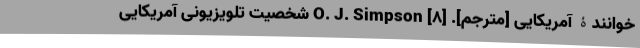
خوانندۀ آمریکایی [مترجم]. [۸] O. J. Simpson شخصیت تلویزیونی آمریکایی